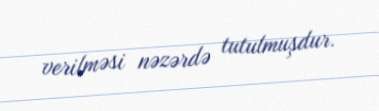
verilməsi nəzərdə tutulmuşdur.